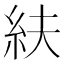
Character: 䊿